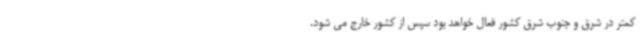
کمتر در شرق و جنوب شرق کشور فعال خواهد بود سپس از کشور خارج می شود.